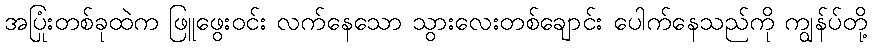
အပြုံးတစ်ခုထဲက ဖြူဖွေးဝင်း လက်နေသော သွားလေးတစ်ချောင်း ပေါက်နေသည်ကို ကျွန်ပ်တို့